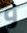
و